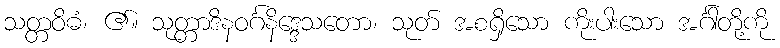
သတ္တဝိဓံ၊ ၏။ သုတ္တာဒိနဝင်္ဂနိဒ္ဒေသတော၊ သုတ် အစရှိသော ကိုးပါးသော အင်္ဂါတို့ကို